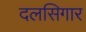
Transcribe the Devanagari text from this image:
दलसिगार